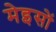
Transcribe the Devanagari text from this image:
मेइसों